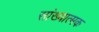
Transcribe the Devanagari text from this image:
सांख्यात्मक